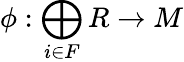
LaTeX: \phi:\bigoplus_{i\in F}R\to M